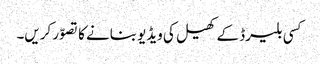
کسی بلیرڈ کے کھیل کی ویڈیو بنانے کا تصوّر کریں۔